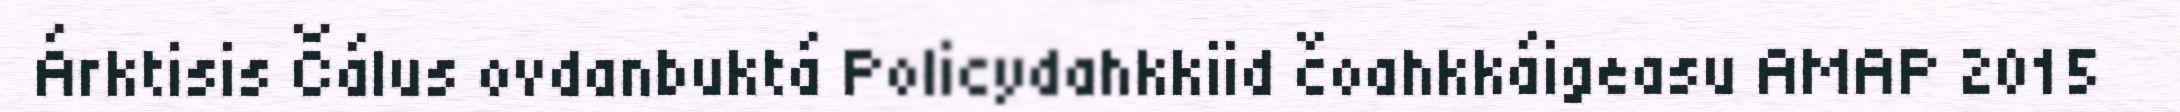
Árktisis Čálus ovdanbuktá Policydahkkiid čoahkkáigeasu AMAP 2015